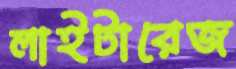
লাইটারেজ